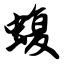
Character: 蝮